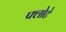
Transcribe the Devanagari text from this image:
फ्लोटे